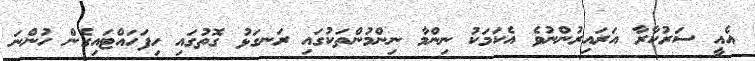
އެއީ ސަރުކާރާ އަރައިރުންނުވެ އެކަމަކު ނިންމާ ނިންމުންތަކުގައި ރަނގަޅު ގޮތުގައި ހިފަހައްޓައިގެން ހުންނަ